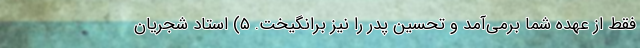
فقط از عهده شما برمی‌آمد و تحسین پدر را نیز برانگیخت. ۵) استاد شجریان